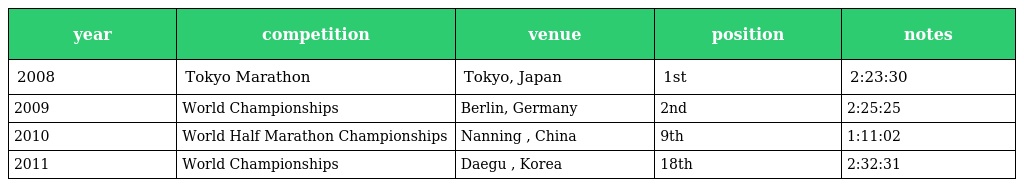
| year | competition | venue | position | notes |
 | --- | --- | --- | --- | --- |
 | 2008 | Tokyo Marathon | Tokyo, Japan | 1st | 2:23:30 |
 | 2009 | World Championships | Berlin, Germany | 2nd | 2:25:25 |
 | 2010 | World Half Marathon Championships | Nanning , China | 9th | 1:11:02 |
 | 2011 | World Championships | Daegu , Korea | 18th | 2:32:31 |